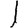
Digit: 1